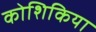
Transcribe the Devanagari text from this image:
कोशिकिया